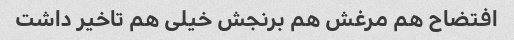
افتضاح هم مرغش هم برنجش خیلی هم تاخیر داشت